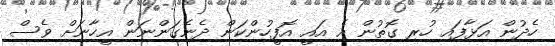
ހެދުން އަޅާފައި ހުރި ގޮތުން އެ އައީ އޮފީހުންކަން ދެނެގަންނަން އީހާނަށް ވެސް